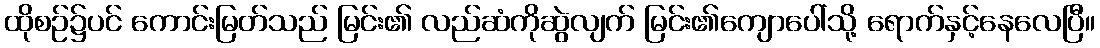
ထိုစဉ်၌ပင် ကောင်းမြတ်သည် မြင်း၏ လည်ဆံကိုဆွဲလျက် မြင်း၏ကျောပေါ်သို့ ရောက်နှင့်နေလေပြီ။